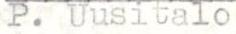
P. Uusitalo